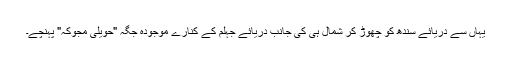
یہاں سے دریائے سندھ کو چھوڑ کر شمال ہی کی جانب دریائے جہلم کے کنارے موجودہ جگہ "حویلی مجوکہ" پہنچے۔